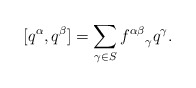
\begin{align*}[q^\alpha, q^\beta] = \sum_{\gamma \in S}{f^{\alpha\beta}}_\gamma q^\gamma.\end{align*}